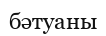
бәтуаны